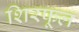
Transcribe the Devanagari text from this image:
शिरफूल